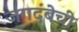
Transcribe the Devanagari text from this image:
जगदंबेची